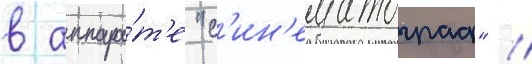
в аппара́т'е "с'ин'ематограф" //